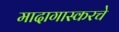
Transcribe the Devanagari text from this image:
मादागास्करचे